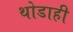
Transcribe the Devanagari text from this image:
थोडाही